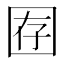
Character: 𫭇